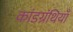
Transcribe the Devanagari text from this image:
कांडग्रंथियाँ